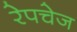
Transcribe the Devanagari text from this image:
रेपचेज